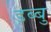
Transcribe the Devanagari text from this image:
डब्बु